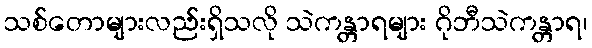
သစ်တောများလည်းရှိသလို သဲကန္တာရများ ဂိုဘီသဲကန္တာရ၊